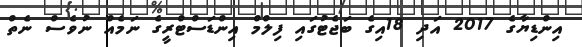
އިންޑިޔާގެ 2017 އަދި 18އިގެ ބަޖެޓުގައި ފިލްމް އިންޑަސްޓްރީގެ ނަމެއް ނުވެސް ނެތް